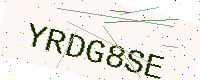
Text: YRDG8SE